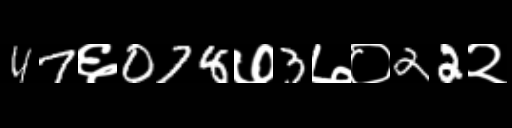
Text: 47६078७3७०22२